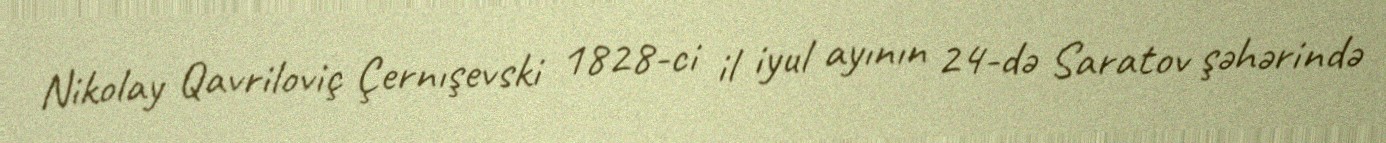
Nikolay Qavriloviç Çernışevski 1828-ci il iyul ayının 24-də Saratov şəhərində